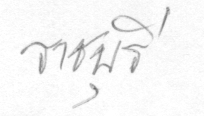
ราชบุรี